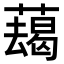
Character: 𦿋